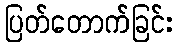
ပြတ်တောက်ခြင်း